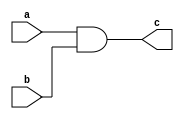
module and_gate(c , a , b);

input a,b;
output c;

assign c = a & b;

endmodule